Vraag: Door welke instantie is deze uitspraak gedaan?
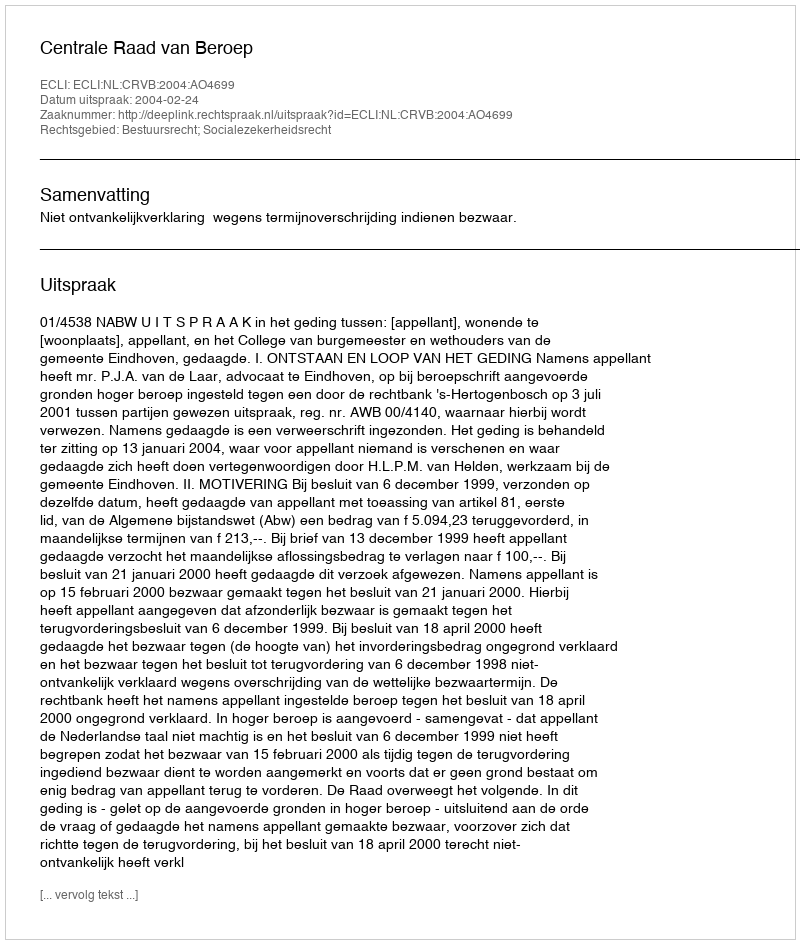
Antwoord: Centrale Raad van Beroep